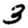
Digit: 3